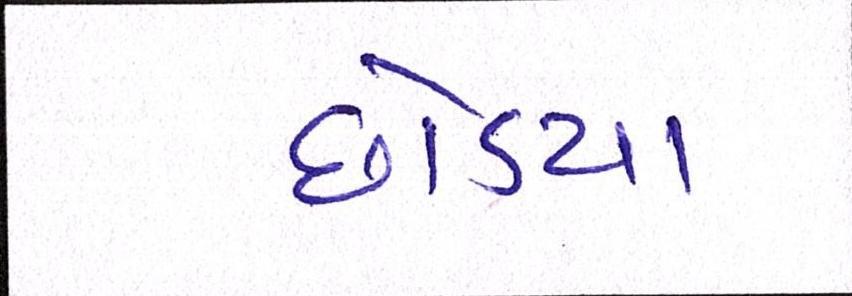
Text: છોડયા